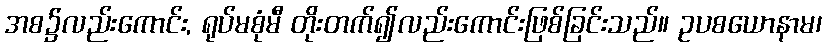
အစ၌လည်းကောင်း, ရုပ်မစုံမီ တိုးတက်၍လည်းကောင်းဖြစ်ခြင်းသည်။ ဥပစယောနာမ၊